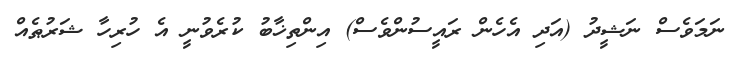
ނަމަވެސް ނަޝީދު (އަދި އެހެން ރައީސުންވެސް) އިންތިޚާބު ކުރެވުނީ އެ ހުރިހާ ޝަރުޠެއް